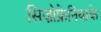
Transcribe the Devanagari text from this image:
सिज़ोफ्रेनियाके